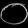
Digit: ၀